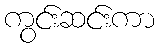
ကွင်းဆင်းကာ